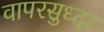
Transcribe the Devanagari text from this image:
वापरसुध्दा